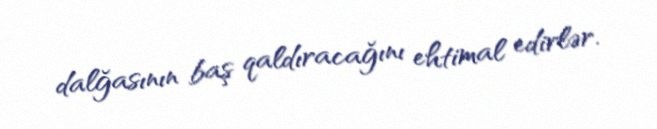
dalğasının baş qaldıracağını ehtimal edirlər.